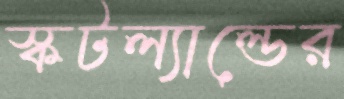
স্কটল্যাল্ডের